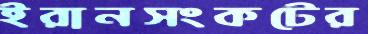
ইরানসংকটের